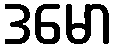
ဒမော